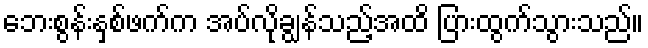
ဘေးစွန်းနှစ်ဖက်က အပ်လိုချွန်သည့်အထိ ပြားထွက်သွားသည်။